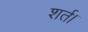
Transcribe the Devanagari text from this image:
शर्त।